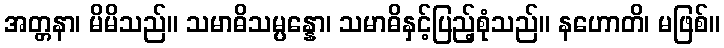
အတ္တနာ၊ မိမိသည်။ သမာဓိသမ္ပန္နော၊ သမာဓိနှင့်ပြည့်စုံသည်။ နဟောတိ၊ မဖြစ်။